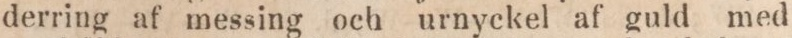
derring af messing och urnyckel af guld med